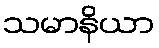
သမာနိယာ